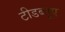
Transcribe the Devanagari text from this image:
टीडब्लूए